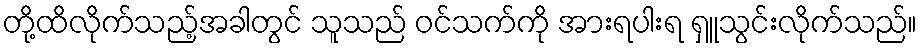
တို့ထိလိုက်သည့်အခါတွင် သူသည် ဝင်သက်ကို အားရပါးရ ရှူသွင်းလိုက်သည်။